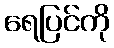
ရေပြင်ကို